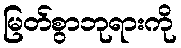
မြတ်စွာဘုရားကို